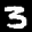
Label: 3